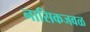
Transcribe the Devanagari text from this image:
नासिकजवळ